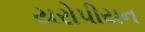
યરોપીયન